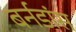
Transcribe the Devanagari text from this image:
बर्नडांस